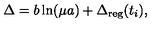
\Delta = b \ln ( \mu a ) + \Delta _ { \mathrm { r e g } } ( t _ { i } ) ,